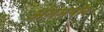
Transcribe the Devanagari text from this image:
अंगमपोर